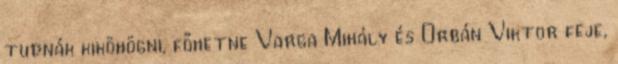
tudnák kiköhögni, főhetne Varga Mihály és Orbán Viktor feje,